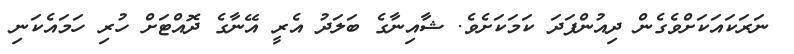
ނަރަކައަކަށްވެގެން ދިއުންފަދަ ކަމަކަށެވެ. ޝާއިނާގެ ބަލަދު އެރީ އޭނާގެ ދޮއްޓަށް ހުރި ހަމައެކަނި